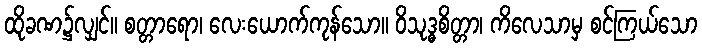
ထိုခဏ၌လျှင်။ စတ္တာရော၊ လေးယောက်ကုန်သော။ ဝိသုဒ္ဓစိတ္တာ၊ ကိလေသာမှ စင်ကြယ်သော